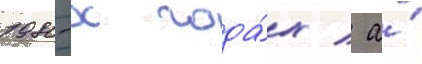
1980-х года́х / а́